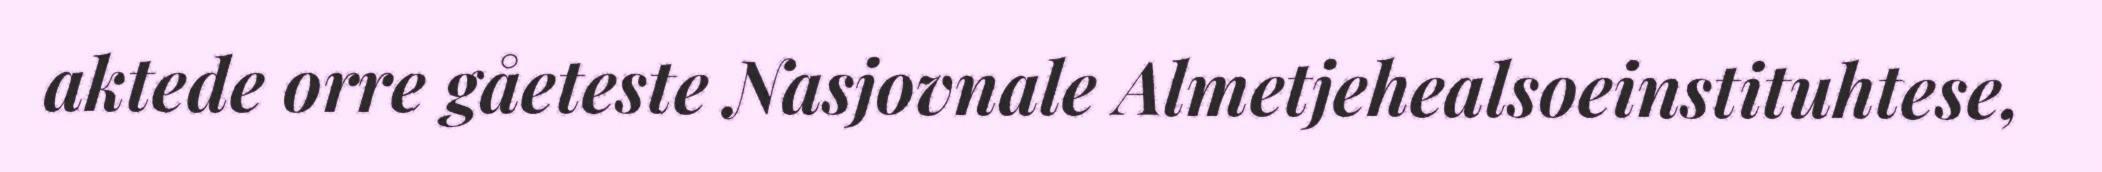
aktede orre gåeteste Nasjovnale Almetjehealsoeinstituhtese,